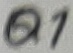
Text: Q1